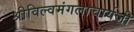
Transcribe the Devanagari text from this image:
श्रीविल्वमंगलाचार्यजी